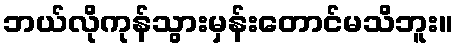
ဘယ်လိုကုန်သွားမှန်းတောင်မသိဘူး။